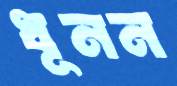
ধূনন